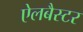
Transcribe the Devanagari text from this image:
ऐलबैस्टर